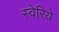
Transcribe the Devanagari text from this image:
स्वेरिये